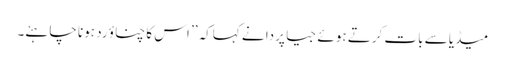
میڈیا سے بات کرتے ہوئے جیا پردا نے کہاکہ ’’ اس کا چناؤ رد ہونا چاہئے۔